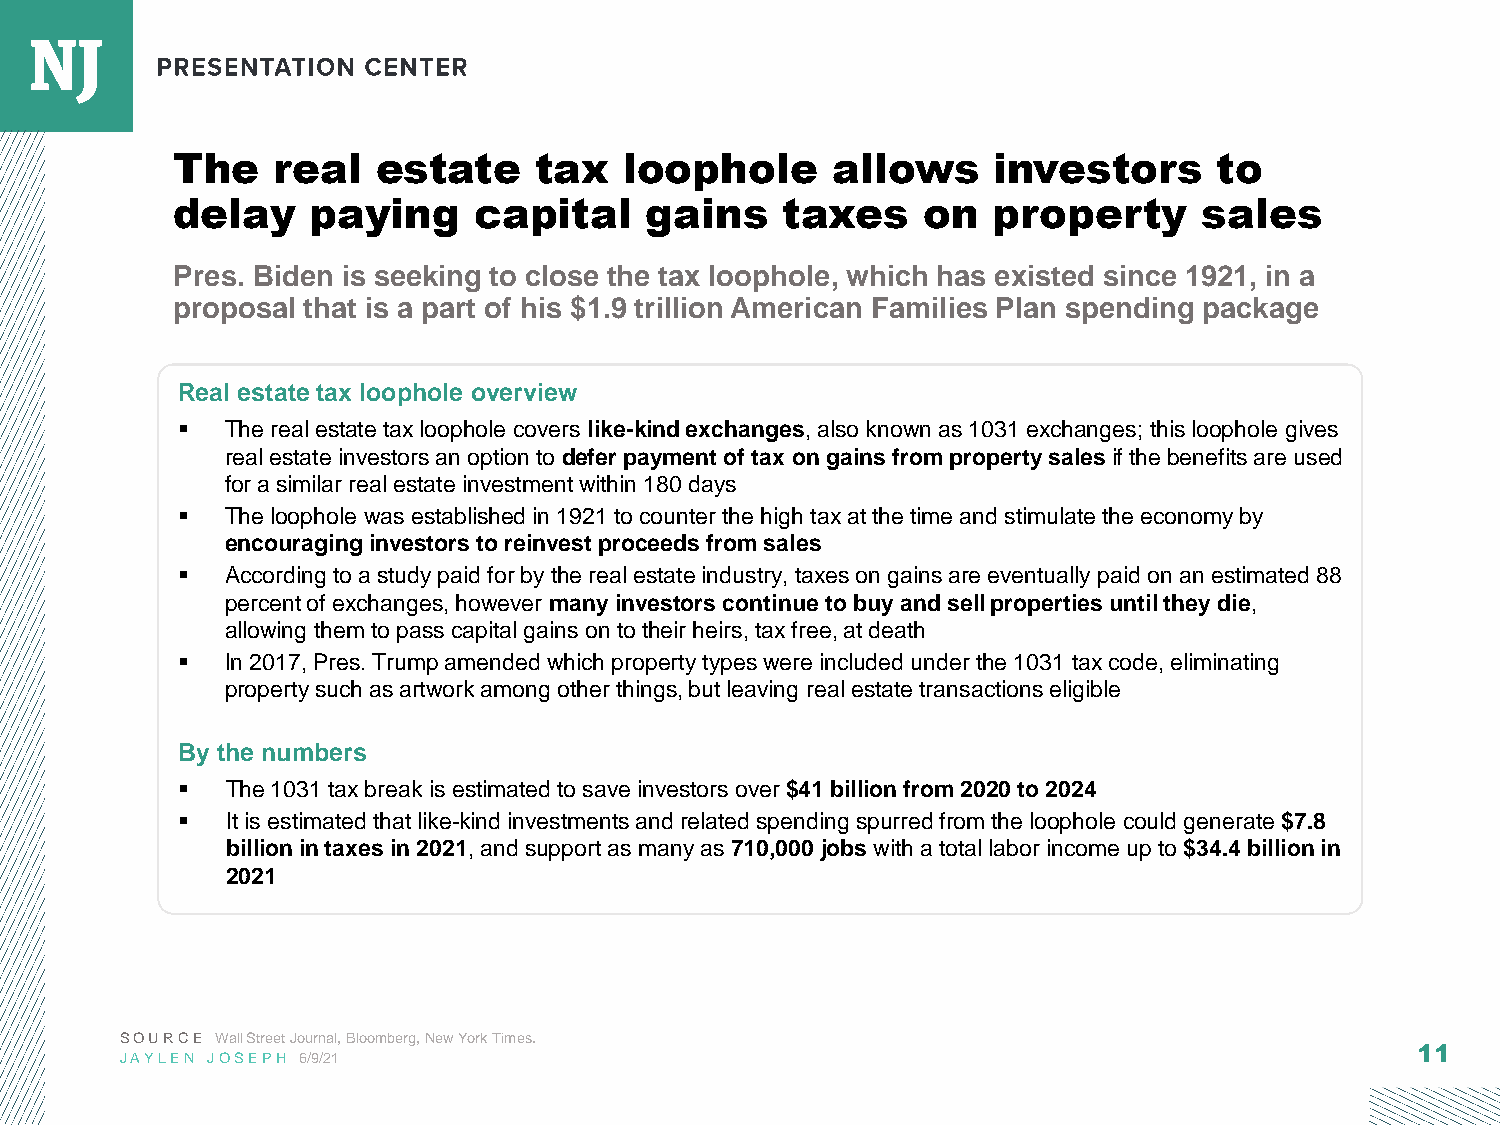
The    real   estate    tax   loophole      allows     investors      to
 delay     paying    capital     gains    taxes    on   property      sales
 Pres. Biden is seeking to close the tax loophole, which has existed since 1921, in a
 proposal that is a part of his $1.9 trillion American Families Plan spending package
 Real estate tax loophole overview
 ▪  The real estate tax loophole covers like-kind exchanges, also known as 1031 exchanges; this loophole gives
 real estate investors an option to defer payment of tax on gains from property sales if the benefits are used
 for a similar real estate investment within 180 days
 ▪  The loophole was established in 1921 to counter the high tax at the time and stimulate the economy by
 encouraging investors to reinvest proceeds from sales
 ▪  According to a study paid for by the real estate industry, taxes on gains are eventually paid on an estimated 88
 percent of exchanges, however many investors continue to buy and sell properties until they die,
 allowing them to pass capital gains on to their heirs, tax free, at death
 ▪  In 2017, Pres. Trump amended which property types were included under the 1031 tax code, eliminating
 property such as artwork among other things, but leaving real estate transactions eligible
 By the numbers
 ▪  The 1031 tax break is estimated to save investors over $41 billion from 2020 to 2024
 ▪  It is estimated that like-kind investments and related spending spurred from the loophole could generate $7.8
 billion in taxes in 2021, and support as many as 710,000 jobs with a total labor income up to $34.4 billion in
 2021
 SOURCE Wall Street Journal, Bloomberg, New York Times.
 11
 JAYLEN JOSEPH 6/9/21